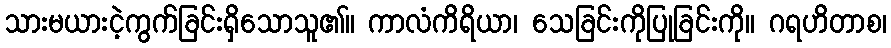
သားမယားငဲ့ကွက်ခြင်းရှိသောသူ၏။ ကာလံကိရိယာ၊ သေခြင်းကိုပြုခြင်းကို။ ဂရဟိတာစ၊